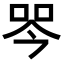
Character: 𭇾